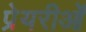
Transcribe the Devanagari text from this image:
प्रेयरीओं